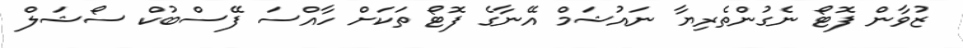
ޒުވާން ފޮޓޯ ނެގުންތެރިޔާ ނައުޝަމް އޭނާގެ ފޮޓޯ ތަކަށް ހާއްސަ ފޭސްބުކް ސޯޝަލް